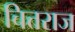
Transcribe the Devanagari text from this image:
चित्तराज